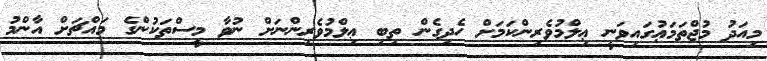
މިއަދު މުޖްތަމަޢުގައިވަނީ ޢިލްމުވެރިންކަމަށް ހެދިގެން ތިބި ޢިލްމުވެރިންނަށް ނުވާ މީސްތަކުންގެ މައްޗަށް އާންމު